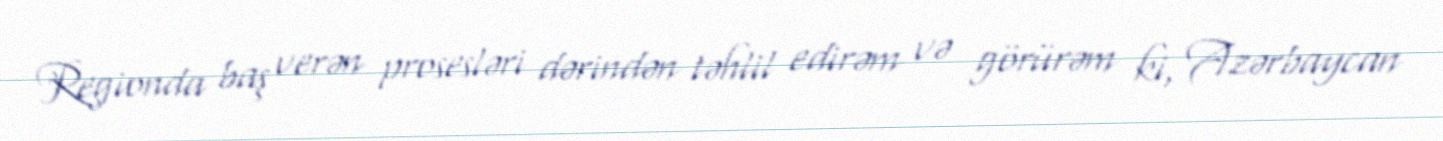
Regionda baş verən prosesləri dərindən təhlil edirəm və görürəm ki, Azərbaycan